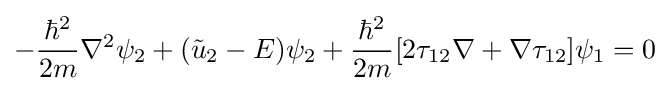
-{\frac {\hbar ^{2}}{2m}}\nabla ^{2}\psi _{2}+({\tilde {u}}_{2}-E)\psi _{2}+{\frac {\hbar ^{2}}{2m}}[2\mathbf {\tau } _{12}\nabla +\nabla \mathbf {\tau } _{12}]\psi _{1}=0